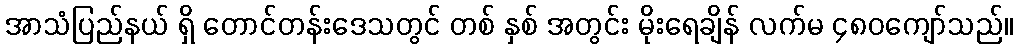
အာသံပြည်နယ် ရှိ တောင်တန်းဒေသတွင် တစ် နှစ် အတွင်း မိုးရေချိန် လက်မ ၄၈၀ကျော်သည်။